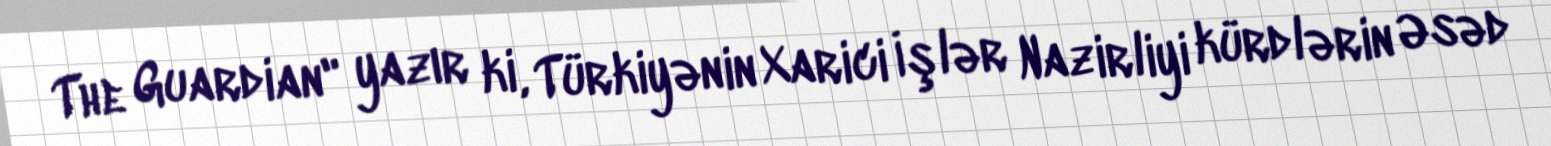
The Guardian" yazır ki, Türkiyənin Xarici İşlər Nazirliyi kürdlərin Əsəd